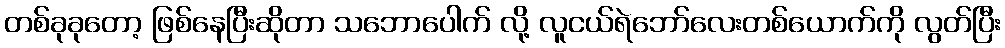
တစ်ခုခုတော့ ဖြစ်နေပြီးဆိုတာ သဘောပေါက် လို့ လူငယ်ရဲဘော်လေးတစ်ယောက်ကို လွတ်ပြီး